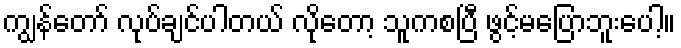
ကျွန်တော် လုပ်ချင်ပါတယ် လိုတော့ သူကစပြီ ဖွင့်မပြောဘူးပေါ့။